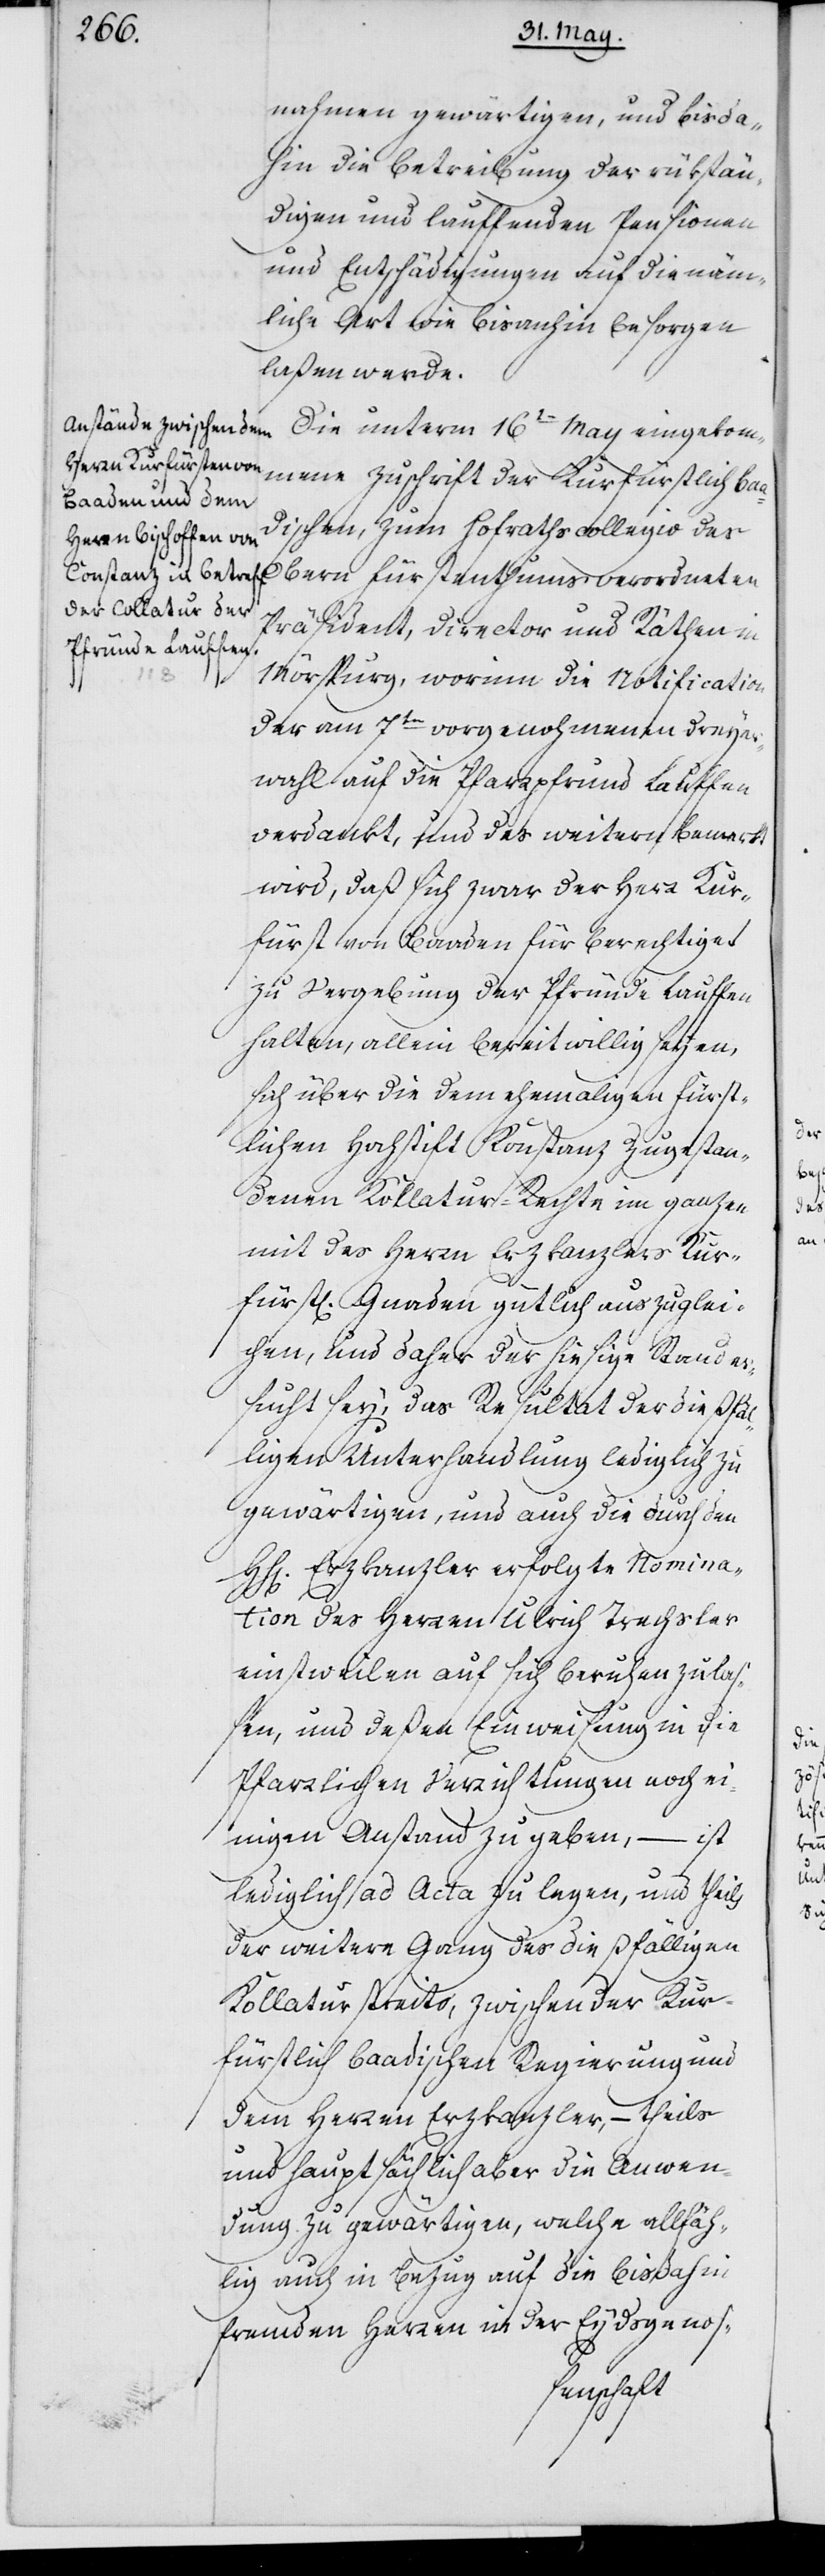
nahmen gewärtigen, und bis da¬
hin die Betreibung der rükstän¬
digen und lauffenden Pensionen
und Entschädigungen auf die näm¬
liche Art wie bis anhin besorgen
laßen werde.
Die unterm 16ten May eingekom¬
mene Zuschrift der Kurfürstlich Baa¬
dischen, zum Hofrathscollegio des
Obern Fürstentums verordneten
Präsident, Director und Räthen in
Mörspurg, worinn die Notification
der am 7ten vorgenohmenen Dreyer¬
wahl auf die Pfarrpfrund Lauffen
verdankt, und des weitern bemerkt
wird, daß sich zwar der Herr Kur¬
fürst von Baaden für berechtiget
zu Vergebung der Pfründe Lauffen
halten, allein bereitwillig setzen,
sich über die dem ehemaligen Fürst¬
lichen Hochstift Konstanz zugestan¬
denen Kollatur-Rechte im ganzen
mit des Herrn Erzkanzlers Kur¬
fürstl. Gnaden gütlich auszuglei¬
chen, und daher der hiesige Stand er¬
sucht sey, das Resultat der dießfäl¬
ligen Unterhandlung lediglich zu
gewärtigen, und auch die durch den
HH. Erzkanzler erfolgte Nomina¬
tion des Herren Ulrich Trachsler
einstweilen auf sich beruhen zu laß¬
en, und deßen Einweisung in die
Pfarrlichen Verrichtungen noch ei¬
nigen Anstand zu geben, – ist
lediglich ad Acta zu legen, und theils
der weitere Gang des dießfälligen
Kollaturstreits, zwischen der Kur¬
fürstlich Baadischen Regierung und
dem Herren Erzkanzler, – theils
und hauptsächlich aber die Anwen¬
dung zu gewärtigen, welche allfäh¬
lig auch in Bezug auf die bisdahin
fremden Herren in der Eydsgenos-